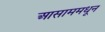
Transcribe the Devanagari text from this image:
आसाममधून